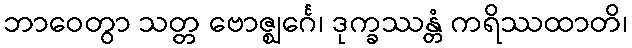
ဘာဝေတွာ သတ္တ ဗောဇ္ဈင်္ဂေ၊ ဒုက္ခဿန္တံ ကရိဿထာတိ၊